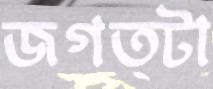
জগত্টা